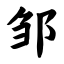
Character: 邹